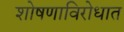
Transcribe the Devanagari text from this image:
शोषणाविरोधात